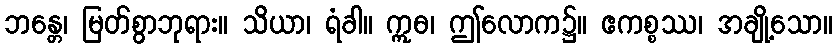
ဘန္တေ၊ မြတ်စွာဘုရား။ သိယာ၊ ရံခါ။ ဣဓ၊ ဤလောက၌။ ဧကစ္စဿ၊ အချို့သော။